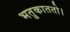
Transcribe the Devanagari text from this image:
भतुकाततो।